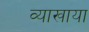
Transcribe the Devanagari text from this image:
व्याखाया